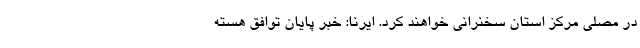
در مصلی مرکز استان سخنرانی خواهند کرد. ایرنا: خبر پایان توافق هسته